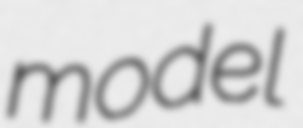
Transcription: model